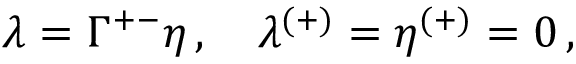
\lambda = \Gamma ^ { + - } \eta \, , \quad \lambda ^ { ( + ) } = \eta ^ { ( + ) } = 0 \, ,